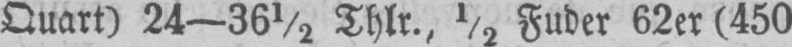
Quart) 24-36½ Thlr., ½ Fuder 62er (450